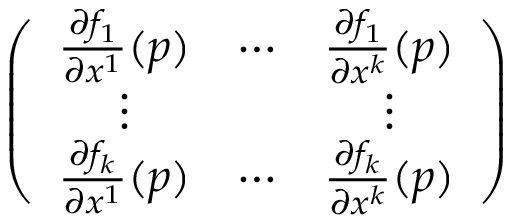
\left( \begin{array} { c c c } { \frac { \partial f _ { 1 } } { \partial x ^ { 1 } } ( p ) } & { \cdots } & { \frac { \partial f _ { 1 } } { \partial x ^ { k } } ( p ) } \\ { \vdots } & & { \vdots } \\ { \frac { \partial f _ { k } } { \partial x ^ { 1 } } ( p ) } & { \cdots } & { \frac { \partial f _ { k } } { \partial x ^ { k } } ( p ) } \end{array} \right)